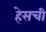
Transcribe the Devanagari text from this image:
हेसची